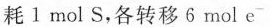
耗1 mol S，各转移6 mol e^{-}